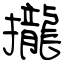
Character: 攏